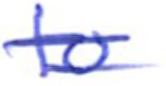
Text: to
Cross-out: double-line
Writing tool: ballpoint